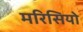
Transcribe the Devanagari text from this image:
मरिसियो